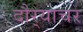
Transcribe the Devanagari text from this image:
दौर्‍याचर